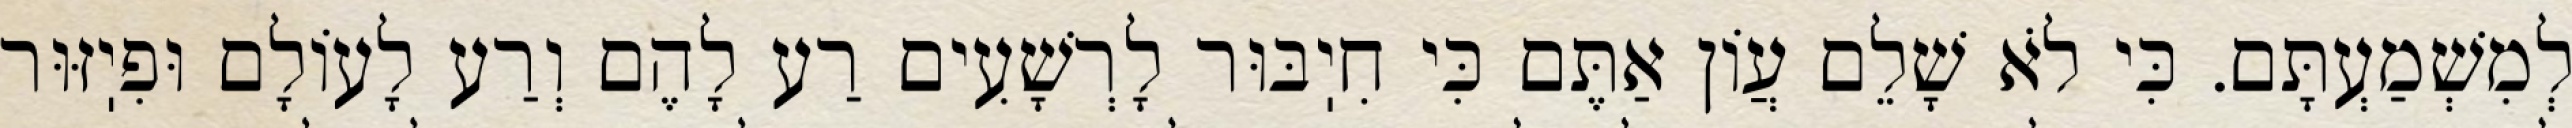
לְמִשְׁמַעְתָּם. כִּי לֹא שָׁלֵם עֲוֹן אַתֶּם כִּי חִיֽבּוּר לָרְשָׁעִים רַע לָהֶם וְרַע לָעוֹלָם וּפִיֽזּוּר